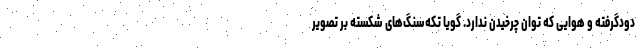
دودگرفته و هوایی که توان چرخیدن ندارد. گویا تکه‌سنگ‌های شکسته بر تصویر